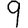
Digit: 9